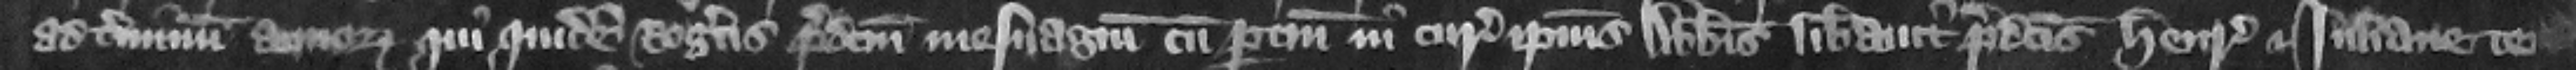
ad terminum annorum. Qui quidem Rogerus predictum mesuagium cum pertinencis in cura ipsiusabbatis liberauit predictis Henrico et Iuliane te